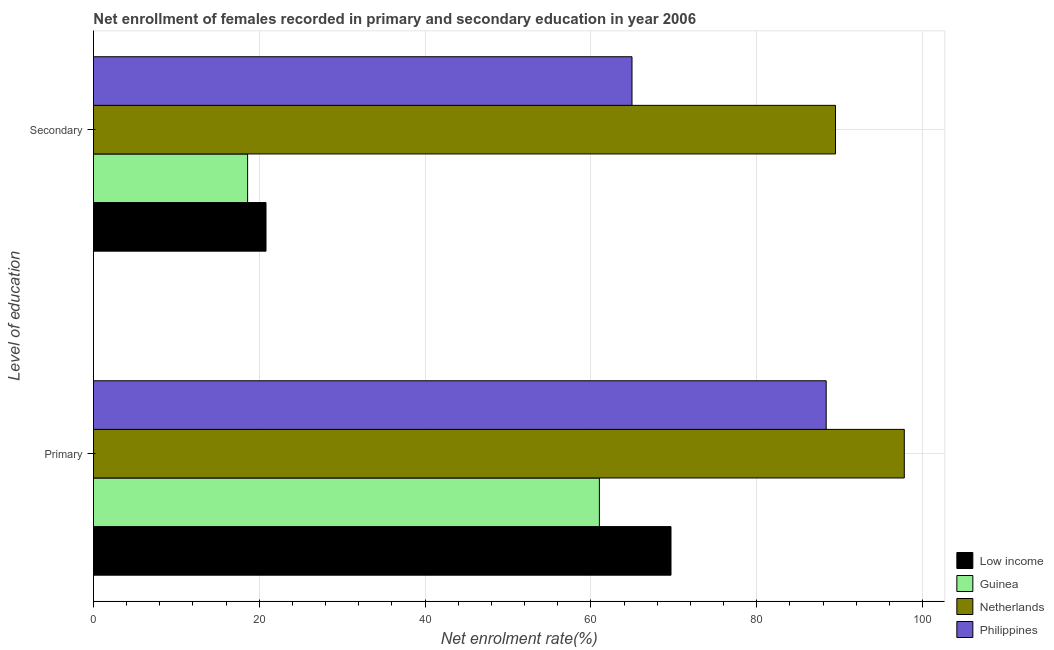
| Level of education | Low income | Guinea | Netherlands | Philippines |
 | --- | --- | --- | --- | --- |
 | Primary | 69.7 | 61 | 97.8 | 88.4 |
 | Secondary | 20.8 | 18.6 | 89.5 | 65 |